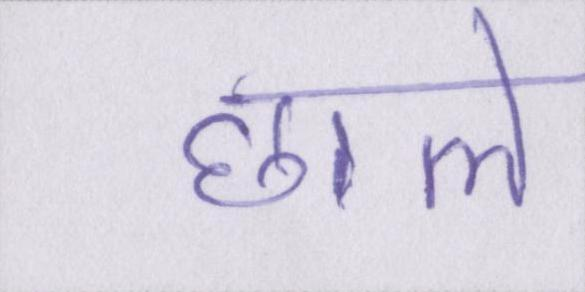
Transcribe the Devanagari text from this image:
छाले